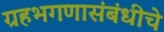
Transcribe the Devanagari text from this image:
ग्रहभगणासंबंधीचे